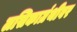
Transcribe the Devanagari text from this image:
लसिकाग्रंथीवर